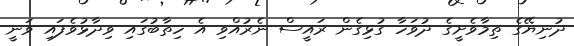
ދުނިޔޭގެ ތިމާވެށީގެ ދުވަހާ ގުޅިގެން ރައީސް ނެރުއްވި އެ ހިތާބުގައި ވިދާޅުވެފައި ވަނީ